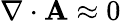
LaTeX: \nabla\cdot\mathbf{A}\approx 0